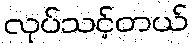
လုပ်သင့်တယ်